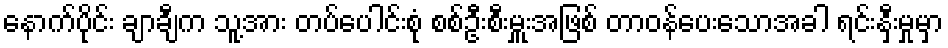
နောက်ပိုင်း ချာချီက သူ့အား တပ်ပေါင်းစုံ စစ်ဦးစီးမှူးအဖြစ် တာဝန်ပေးသောအခါ ရင်းနှီးမှုမှာ